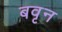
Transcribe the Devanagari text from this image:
बवृन